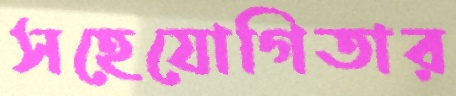
সহেযোগিতার